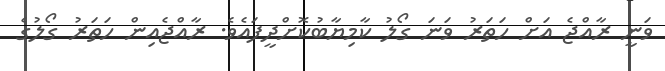
ވަނީ ރާއްޖެ އަށް ހަތަރު ވަނަ ގޯލު ކާމިޔާބުކޮށްދީފައެވެ. ރާއްޖެއިން ހަތަރު ގޯލުގެ